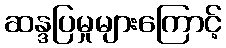
ဆန္ဒပြမှုများကြောင့်